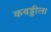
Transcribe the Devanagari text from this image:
कबड्डीला